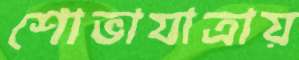
শোভাযাত্রায়